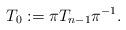
LaTeX: \begin{gather*}T_0:= \pi T_{n-1} \pi^{-1} .\end{gather*}